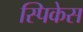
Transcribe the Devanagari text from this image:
स्पिकेस